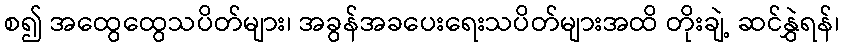
စ၍ အထွေထွေသပိတ်များ၊ အခွန်အခပေးရေးသပိတ်များအထိ တိုးချဲ့ ဆင်နွှဲရန်၊